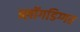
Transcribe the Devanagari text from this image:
ब्लॉगडिग्गर